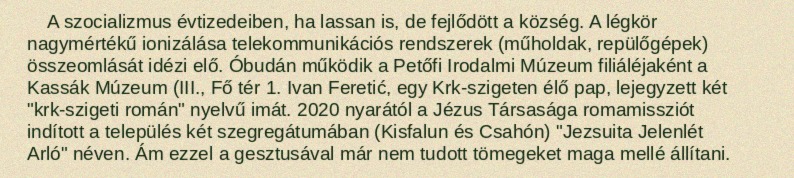
A szocializmus évtizedeiben, ha lassan is, de fejlődött a község. A légkör nagymértékű ionizálása telekommunikációs rendszerek (műholdak, repülőgépek) összeomlását idézi elő. Óbudán működik a Petőfi Irodalmi Múzeum filiáléjaként a Kassák Múzeum (III., Fő tér 1. Ivan Feretić, egy Krk-szigeten élő pap, lejegyzett két "krk-szigeti román" nyelvű imát. 2020 nyarától a Jézus Társasága romamissziót indított a település két szegregátumában (Kisfalun és Csahón) "Jezsuita Jelenlét Arló" néven. Ám ezzel a gesztusával már nem tudott tömegeket maga mellé állítani.